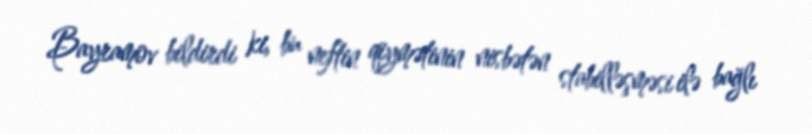
Bayramov bildirdi ki, bu neftin qiymətinin nisbətən stabilləşməsi ilə bağlı